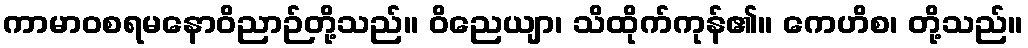
ကာမာဝစရမနောဝိညာဉ်တို့သည်။ ဝိညေယျာ၊ သိထိုက်ကုန်၏။ ကေဟိစ၊ တို့သည်။